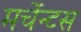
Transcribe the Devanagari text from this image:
मर्चेन्टस